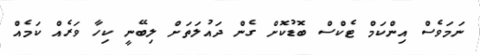
ނަމަވެސް އިންކަމް ޓެކްސް ބޮޑުކޮށް ގެން ދައުލަތަށް ލިބޭނީ ކިހާ ވަރެއް ކަމެއް